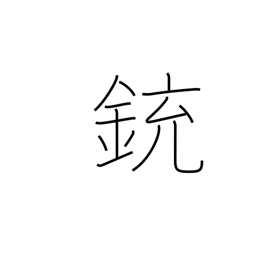
Meaning: gun